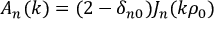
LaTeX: A _ { n } ( k ) = ( 2 - \delta _ { n 0 } ) J _ { n } ( k \rho _ { 0 } )